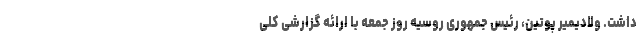
داشت. ولادیمیر پوتین، رئیس جمهوری روسیه روز جمعه با ارائه گزارشی کلی